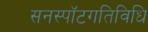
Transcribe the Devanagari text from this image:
सनस्पॉटगतिविधि